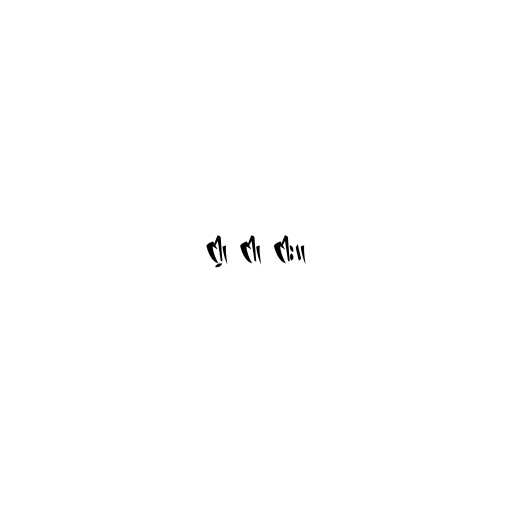
ငါ့၊ ငါ၊ ငါး။